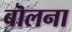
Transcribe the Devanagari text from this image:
बॊलना